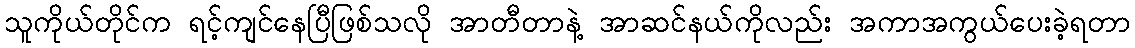
သူကိုယ်တိုင်က ရင့်ကျင်နေပြီဖြစ်သလို အာတီတာနဲ့ အာဆင်နယ်ကိုလည်း အကာအကွယ်ပေးခဲ့ရတာ